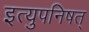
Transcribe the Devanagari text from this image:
इत्युपनिषत्‌